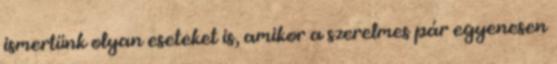
ismertünk olyan eseteket is, amikor a szerelmes pár egyenesen